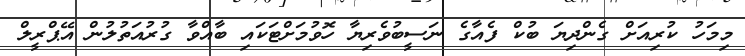
މިމަހު ކުރިއަށް ގެންދިޔަ ބުކް ފެއާގެ ނަސީބުވެރިޔާ ހޮވުމަށްޓަކައި ބާއްވާ ގުރުއަތުލުން އޭޕްރީލް